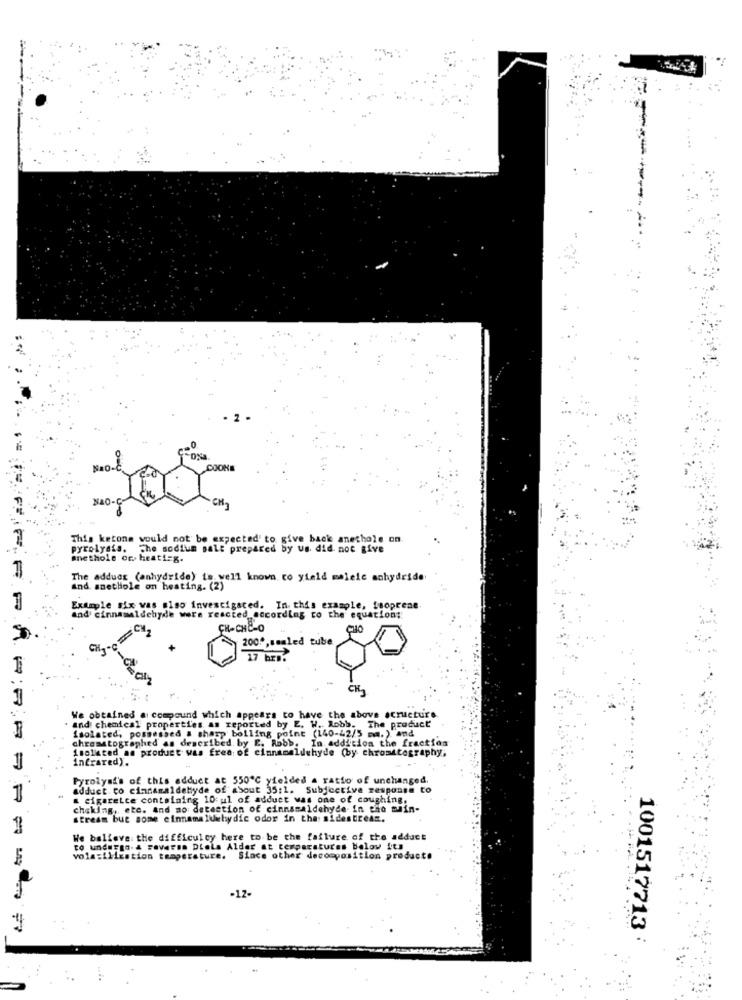
====-
.0
COOKE
NAO-C
This ketone would not be expected' to give back anethole on.
pyrolysta. The sodium salt prepared by us. did not give
anethole co. heating.
The adduct (anhydride) is well known to yield malele anhydride
and. smethole on heating. (2)
Example six was also investigated. In this example, fsoprese
and cinnamaldehyde were reacted according to the' equation;
CY
CH-CHE-O
CHO
200ª,sealed tube
17 brT:
We obtained a compound which appears to have the above scructure
and chemical properties as reported by E. W. Robb. The product
isolated, pommessed & sharp bolling point (140-42/5 mm.) and
escribed. by E. Robb. In addition the fraction
isolated an product was frea: of cinnamaldehyde (by chromatography,
11
Infrared).
Pyrolyst's of this adduct at 550℃ yielded a ratio of unchanged.
adduct co cinnamaldehyde of about 35:1. Subjective response to
1
& cigarette containing 10 ul of adduct was one of coughing.
choking, etc. and mo detection of cinnamaldehyde in the main-
stream but some cinnamaluwhydic odor in the: sides tream.
1
We believe the difficulcy here to be the failure of the adduct
to undWEgo. 4 soverom Diela Alder at temperatures below its
vols:ilication temperature. Since other decomposition producto
-4
1001517713 :